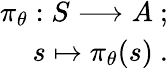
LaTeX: \begin{array}{r}{\pi_{\theta}:S\longrightarrow A\mathrm{~};}\\ {s\mapsto\pi_{\theta}(s)~.}\end{array}